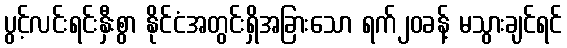
ပွင့်လင်းရင်းနှီးစွာ နိုင်ငံအတွင်းရှိအခြားသော ရက်၂၀ခန့် မသွားချင်ရင်